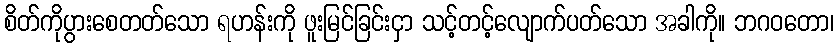
စိတ်ကိုပွားစေတတ်သော ရဟန်းကို ဖူးမြင်ခြင်းငှာ သင့်တင့်လျောက်ပတ်သော အခါကို။ ဘဂဝတော၊